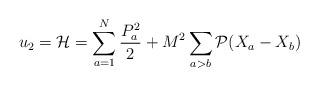
LaTeX: \begin{align*}u_{2}={\cal H}=\sum_{a=1}^{N} \frac{P_{a}^{2}}{2} + M^{2} \sum_{a>b} {\cal P}(X_{a}-X_{b}) \end{align*}